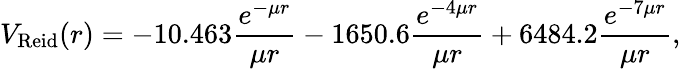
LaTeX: V_{\mathrm{Reid}}(r)=-10.463{\frac{e^{-\mu r}}{\mu r}}-1650.6{\frac{e^{-4\mu r}}{\mu r}}+6484.2{\frac{e^{-7\mu r}}{\mu r}},